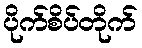
ပိုက်စိပ်တိုက်